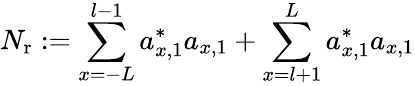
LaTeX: N_{\mathrm{r}}:=\sum_{x=-L}^{l-1}a_{x,1}^{\ast}a_{x,1}+\sum_{x=l+1}^{L}a_{x,1}^{\ast}a_{x,1}